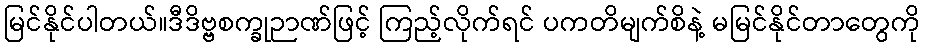
မြင်နိုင်ပါတယ်။ဒီဒိဗ္ဗစက္ခုဉာဏ်ဖြင့် ကြည့်လိုက်ရင် ပကတိမျက်စိနဲ့ မမြင်နိုင်တာတွေကို